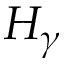
H _ { \gamma }